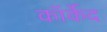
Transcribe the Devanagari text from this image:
कॉर्केद